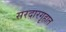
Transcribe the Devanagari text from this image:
सरदारगृहात